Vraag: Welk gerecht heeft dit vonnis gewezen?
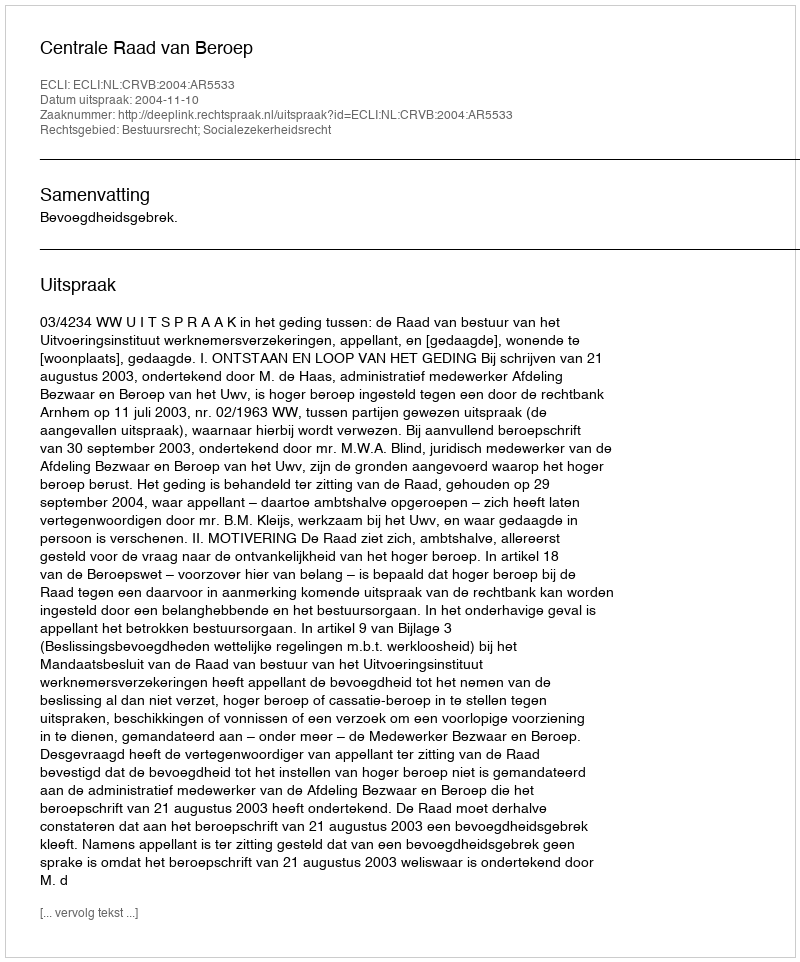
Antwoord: Centrale Raad van Beroep